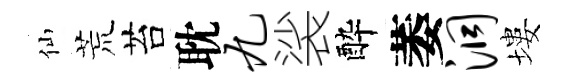
仙荒苔耽九裟酔萎洞塿